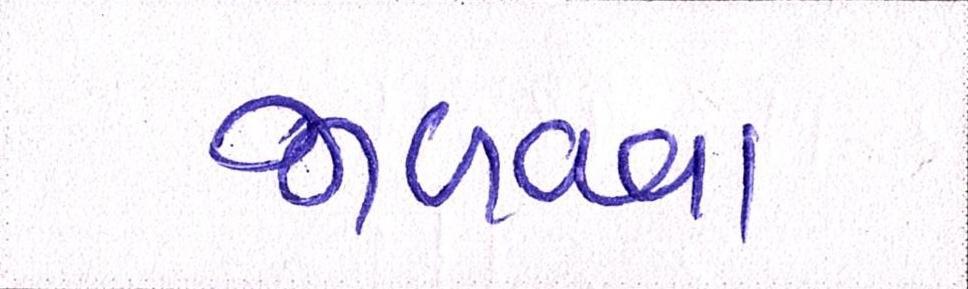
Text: જાળવવા